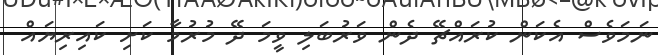
ނަމަވެސް އެކަން ކުރައްޗޭ ދެން ވަރުބަލި ވީމަ ދޭ މުރުމާ ކަށި ކައިރިޔައް